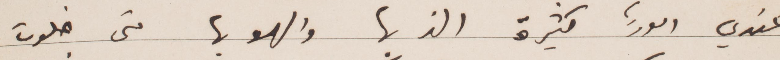
عندي أمور كثيرة الذ بها والهو بها متى خلوت